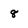
Character: 8